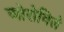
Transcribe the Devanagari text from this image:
ओरोविले